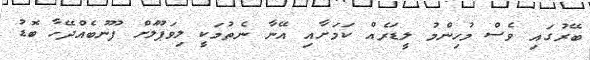
ބޭރުގައި ވެސް މުހިންމު ލީޑަރެއް ކަމަށާއި އޭނާ ނެތުމަކީ ލިވަޕޫލަށް ފޫނުބެއްދޭހާ ބޮޑު